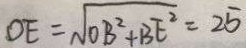
D E = \sqrt { O B ^ { 2 } + B E ^ { 2 } } = 2 5